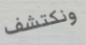
ونكتشف